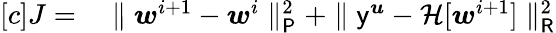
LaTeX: \begin{array}{rl}{[c]J=}&{{}\parallel\boldsymbol{w}^{i+1}-\boldsymbol{w}^{i}\parallel_{\mathsf{P}}^{2}+\parallel\mathsf{y}^{\boldsymbol{u}}-\mathcal{H}[\boldsymbol{w}^{i+1}]\parallel_{\mathsf{R}}^{2}}\end{array}